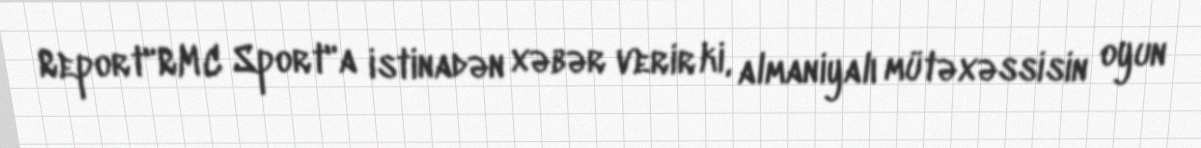
Report"RMC Sport"a istinadən xəbər verir ki, almaniyalı mütəxəssisin oyun